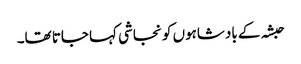
حبشہ کے بادشاہوں کو نجاشی کہا جاتا تھا۔